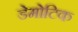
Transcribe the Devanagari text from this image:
डेमोटिक